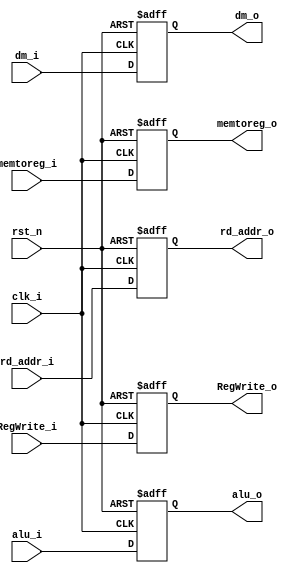
module MEMWB_reg( clk_i, rst_n, dm_i, dm_o , alu_i , alu_o , memtoreg_i , memtoreg_o , rd_addr_i , rd_addr_o , RegWrite_i , RegWrite_o);
     
//I/O ports
input           clk_i;
input	        rst_n;

input  [32-1:0] dm_i;
output [32-1:0] dm_o;

input  [32-1:0] alu_i;
output [32-1:0] alu_o;

input  memtoreg_i;
output memtoreg_o;

input  [4:0] rd_addr_i;
output [4:0] rd_addr_o;

input  RegWrite_i;
output RegWrite_o;
 
//Internal Signals
reg    [32-1:0] dm_o;
reg    [32-1:0] alu_o;
reg memtoreg_o;
reg RegWrite_o;
reg [4:0] rd_addr_o;

//Main function
always @(posedge clk_i or negedge rst_n) begin
    if(~rst_n) begin
	        dm_o <= 0;
	        alu_o <= 0;
		memtoreg_o <= 0;
		rd_addr_o <= 0;
		RegWrite_o <= 0;
	end
	else begin
	    dm_o <= dm_i;
	    alu_o <= alu_i;
	    memtoreg_o <= memtoreg_i;
	    rd_addr_o <= rd_addr_i;
	    RegWrite_o <= RegWrite_i;
	end
end

endmodule